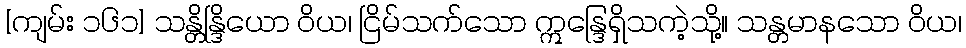
[ကျမ်း ၁၆၁] သန္တိန္ဒြိယော ဝိယ၊ ငြိမ်သက်သော ဣန္ဒြေရှိသကဲ့သို့။ သန္တမာနသော ဝိယ၊